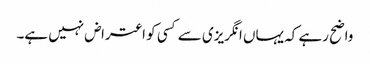
واضح رہے کہ یہاں انگریزی سے کسی کو اعتراض نہیں ہے۔